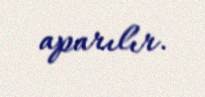
aparılır.